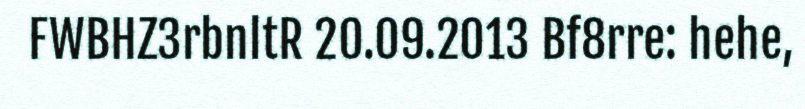
FWBHZ3rbnltR 20.09.2013 Bf8rre: hehe,